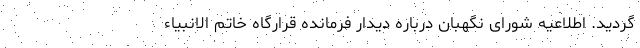
گردید. اطلاعیه شورای نگهبان درباره دیدار فرمانده قرارگاه خاتم الانبیاء